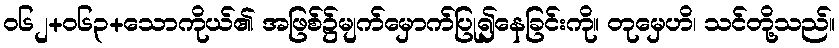
ဝ၆၂+၀၆၃+သောကိုယ်၏ အဖြစ်၌မျက်မှောက်ပြု၍နေခြင်းကို။ တုမှေဟိ၊ သင်တို့သည်။